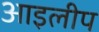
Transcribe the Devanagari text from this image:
आइलीप